Report of the Indian Hemp Drugs Commission, 1894-1895 - Volume VII
Year: 1894
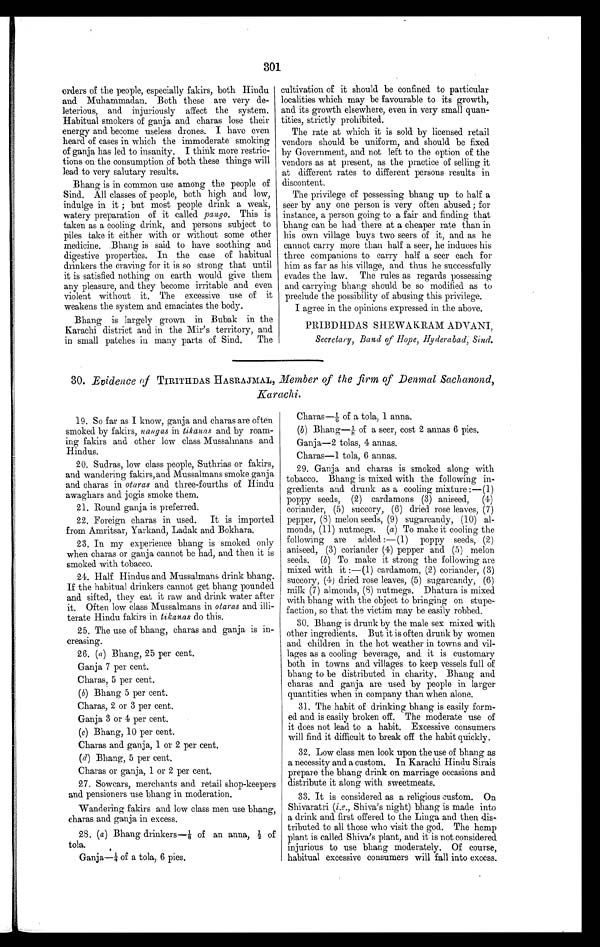
301
orders of the people, especially fakirs, both Hindu
and Muhammadan. Both these are very de-
leterious, and injuriously affect the system.
Habitual smokers of ganja and charas lose their
energy and become useless drones. I have even
heard of cases in which the immoderate smoking
of ganja has led to insanity. I think more restric-
tions on the consumption of both these things will
lead to very salutary results.
Bhang is in common use among the people of
Sind. All classes of people, both high and low,
indulge in it ; but most people drink a weak,
watery preparation of it called pango. This is
taken as a cooling drink, and persons subject to
piles take it either with or without some other
medicine. .Bhang is said. to have soothing and
digestive properties. In the case of habitual
thinkers the craving for it is so strong that until
it is satisfied nothing on earth would give them
any pleasure, and they become irritable and even
violent without it. The excessive use of it
weakens the system and emaciates the body.
Bhang is largely grown in Bubak in the
Karachi district and in the Mir's territory, and
in small patches in many parts of Sind.
The
cultivation of it should be confined to particular
localities which may be favourable to its growth,
and its growth elsewhere, even in very small quan-
tities, strictly prohibited.
The rate at which it is sold by licensed retail
vendors should be uniform, and should be fixed
by Government, and not left to the option of the
vendors as at present, as the practice of selling it
at different rates to different persons results in
discontent.
The privilege of possessing bhang up to half a
seer by any one person is very often abused; for
instance, a person going to a fair and finding that
bhang can be had there at a cheaper rate than in
his own village buys two seers of it, and as he
cannot carry more than half a seer, he induces his
three companions to carry half a seer each for
him as far as his village, and thus he successfully
evades the law. The rules as regards possessing
and carrying bhang should be so modified as to
preclude the possibility of abusing this privilege.
I agree in the opinions expressed in the above.
PRIBDHDAS SHEWAKRAM ADVANI,
Secretary, Band of Hope, Hyderabad; Sind,
30. Evidence of TIRITHDAS HASRAJMAL, Member of the firm of Denmal Sachanond,
Karachi.
19. So far as I know, ganja and charas are often
smoked by fakirs, nangas in Wallas and. by roam-
ing fakirs and. other low class Mussalmans and
Hindus,
20. Sudras, low class people, Suthrias or fakirs,
and wandering fakirs, and Mussalmans smoke ganja
and charas in otaras and three-fourths of Hindu
awaghars and jogis smoke them.
21. Round ganja is preferred.
22. Foreign charas in used.
It is imported
from Amritsar, Yarkand, Ladak and Bokhara,
23. In my experience bhang is smoked only
when charas or ganja cannot be had, and. then it is
smoked with tobacco.
24. Half Hindus and Mussalmans drink bhang.
If the habitual drinkers cannot get bhang pounded
and sifted, they eat it raw and drink water after
it. Often low class Mussalmans in otaras and illi-
terate Hindu fakirs in tikanas do this.
25. The use of bhang, charas and. ganja is in-
creasing.
26. (a) Bhang, 25 per cent.
Ganja 7 per cent.
Charas, 5 per cent.
(b) Bhang 5 per cent.
Charas, 2 or 3 per cent.
Ganja, 3 or 4 per cent.
(c) Bhang, 10 per cent.
Charas and ganja, 1 or 2 per cent.
(d) Bhang, 5 per cent.
Charas or ganja, 1 or 2 per cent.
27. Sowcars, merchants and retail shop-keepers
and pensioners use bhang in moderation.
Wandering fakirs and low class men use bhang,
charas and ganja in excess.
28. (a) Bhang drinkers—i of an anna, s of
tola.
Ganja-1/4 of a tola, 6 pies.
Charm—1/6 of a tola, 1 anna.
(b) Bhang-1/8 of a seer, cost 2 annas 6 pies.
Ganja-2 tolas, 4 annas.
Charas--1 tola, 6 annas.
29. Ganja and charas is smoked. along with
tobacco. Bhang is mixed with the following in-
gredients and. drunk as a cooling mixture :—(1)
poppy seeds, (2) cardamons (3) aniseed, (4)
coriander, (5) succory, (6) dried rose leaves, (7)
pepper, (8) melon seeds, (9) sugarcandy, (10) al-
monds, (11) nutmegs. (a) To make it cooling the
following are added :—(1) poppy seeds, (2)
aniseed, (3) coriander (4) pepper and (5) melon
seeds. (b) To make it strong the following are
mixed with it :—(1) cardamom, (2) coriander, (3)
succory, (4) dried rose leaves, (5) sugarcandy, (6)
milk (7) almonds, (8) nutmegs. Dhatura is mixed
with bhang with the object to bringing on stupe-
faction, so that the victim may be easily robbed.
30. Bhang is drunk by the male sex mixed with
other ingredients. But it is often drunk by women
and children in the hot weather in towns and vil-
lages as a cooling beverage, and it is customary
both in towns and villages to keep vessels full of
bhang to be distributed in charity. Bhang and
charas and ganja are used by people in larger
quantities when in company than when alone.
31. The habit of drinking bhang is easily form-
ed and is easily broken off. The moderate use of
it does not lead to a habit. Excessive consumers
will find it difficult to break off the habit quickly.
32. Low class men look upon the use of bhang as
a necessity and a custom. In Karachi Hindu Sirais
prepare the bhang drink on marriage occasions and
distribute it along with sweetmeats.
33. It is considered as a religious custom. On
Shivaratri (i.e., Shiva's night) bhang is made into
a drink and. first offered to the Linga, and then dis
tributed to all those who visit the god. The hemp
plant is called Shiva's plant, and it is not considered.
injurious to use bhang moderately. Of course,
habitual excessive consumers will fall into excess.